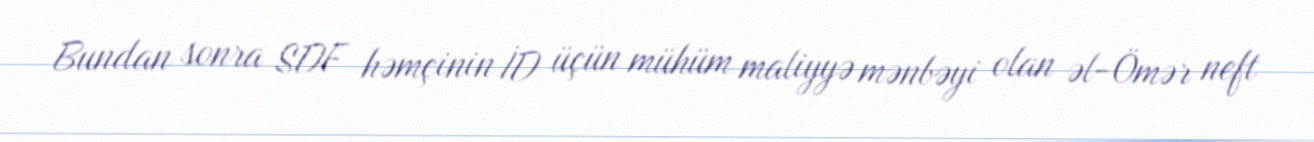
Bundan sonra SDF həmçinin İD üçün mühüm maliyyə mənbəyi olan əl-Ömər neft